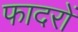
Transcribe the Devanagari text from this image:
फादरों